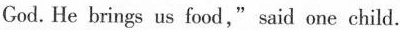
God. He brings us food,"said one child.